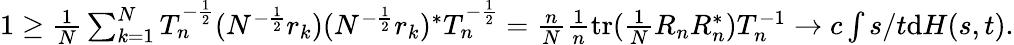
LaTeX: \begin{array}{r}{1\geq\frac{1}{N}\sum_{k=1}^{N}T_{n}^{-\frac{1}{2}}(N^{-\frac{1}{2}}r_{k})(N^{-\frac{1}{2}}r_{k})^{*}T_{n}^{-\frac{1}{2}}=\frac{n}{N}\frac{1}{n}\mathrm{tr}(\frac{1}{N}R_{n}R_{n}^{*})T_{n}^{-1}\to c\int s/t\mathrm{d}H(s,t).}\end{array}